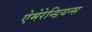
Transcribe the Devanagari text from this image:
ऐमेरेन्डियन्स